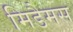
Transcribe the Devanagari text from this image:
मिडैमस